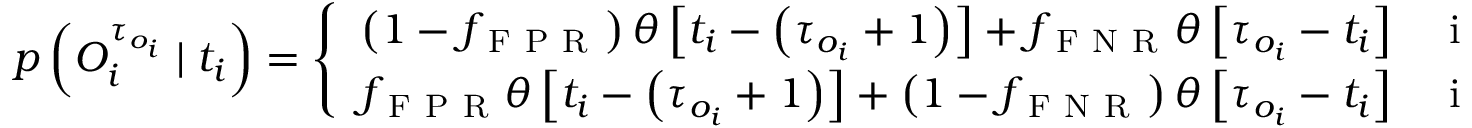
p \left( O _ { i } ^ { \tau _ { o _ { i } } } \mid t _ { i } \right) = \left\{ \begin{array} { l l } { \left( 1 - f _ { \mathrm { ~ F ~ P ~ R ~ } } \right) \theta \left[ t _ { i } - \left( \tau _ { o _ { i } } + 1 \right) \right] + f _ { \mathrm { ~ F ~ N ~ R ~ } } \theta \left[ \tau _ { o _ { i } } - t _ { i } \right] } & { \mathrm { ~ i ~ f ~ } O _ { i } ^ { \tau _ { o _ { i } } } = 0 } \\ { f _ { \mathrm { ~ F ~ P ~ R ~ } } \theta \left[ t _ { i } - \left( \tau _ { o _ { i } } + 1 \right) \right] + \left( 1 - f _ { \mathrm { ~ F ~ N ~ R ~ } } \right) \theta \left[ \tau _ { o _ { i } } - t _ { i } \right] } & { \mathrm { ~ i ~ f ~ } O _ { i } ^ { \tau _ { o _ { i } } } = 1 } \end{array} \right.